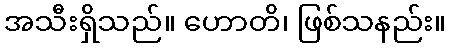
အသီးရှိသည်။ ဟောတိ၊ ဖြစ်သနည်း။